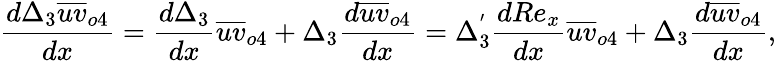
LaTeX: \frac{d\Delta_{3}\overline{{uv}}_{o4}}{dx}=\frac{d\Delta_{3}}{dx}\overline{{uv}}_{o4}+\Delta_{3}\frac{d\overline{{uv}}_{o4}}{dx}=\Delta_{3}^{'}\frac{dRe_{x}}{dx}\overline{{uv}}_{o4}+\Delta_{3}\frac{d\overline{{uv}}_{o4}}{dx},